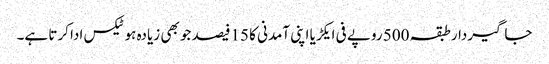
جاگیردارطبقہ 500 روپے فی ایکڑیا اپنی آمدنی کا 15فیصد جو بھی زیادہ ہوٹیکس ادا کرتا ہے۔